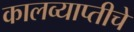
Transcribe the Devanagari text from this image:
कालव्याप्तीचे